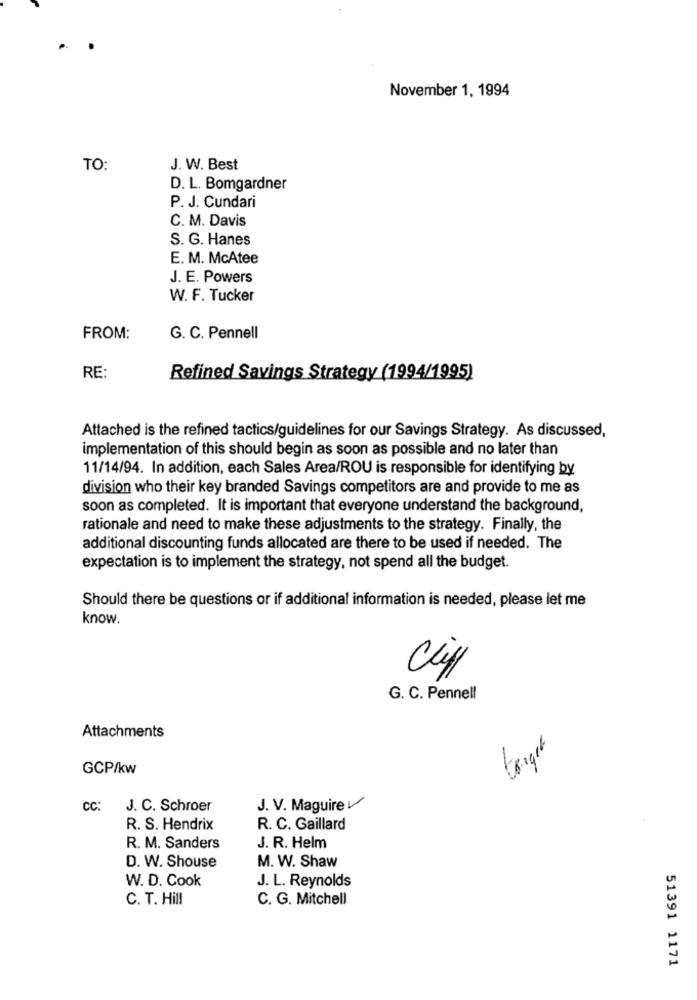
November 1, 1994
TO:
J. W. Best
D. L. Bomgardner
P. J. Cundari
C. M. Davis
S. G. Hanes
E. M. McAtee
J. E. Powers
W. F. Tucker
FROM:
G. C. Pennell
RE:
Refined Savings Strategy (1994/1995)
Attached is the refined tactics/guidelines for our Savings Strategy. As discussed,
implementation of this should begin as soon as possible and no later than
11/14/94. In addition, each Sales Area/ROU is responsible for identifying by
division who their key branded Savings competitors are and provide to me as
soon as completed. It is important that everyone understand the background,
rationale and need to make these adjustments to the strategy. Finally, the
additional discounting funds allocated are there to be used if needed. The
expectation is to implement the strategy, not spend all the budget.
Should there be questions or if additional information is needed, please let me
know.
Cliff
G. C. Pennell
Attachments
GCP/kw
CC: J. C. Schroer
J. V. Maguire
R. S. Hendrix
R. C. Gaillard
R. M. Sanders
J. R. Helm
D. W. Shouse
M. W. Shaw
W. D. Cook
J. L. Reynolds
C. T. Hill
C. G. Mitchell
51391 1171